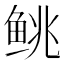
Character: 𬶐